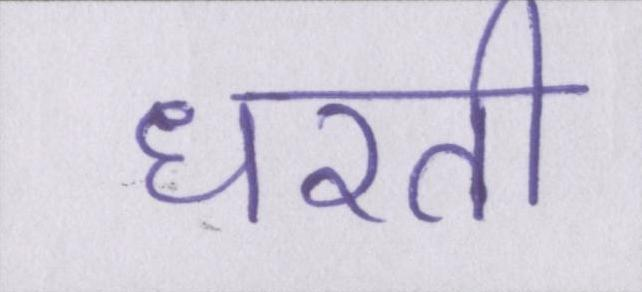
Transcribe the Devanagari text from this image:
धरती